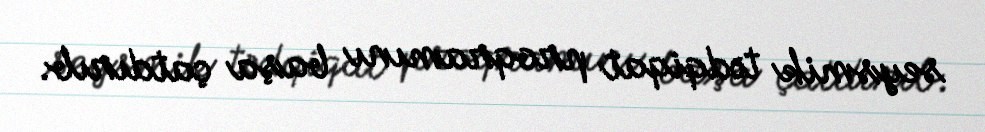
seysmik tədqiqat proqramını başa çatdırıb.